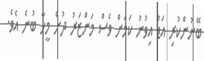
ބޭނުންކުރި އަޑު އިވުނު ކަމަށް ވެސް މަންޒަރު ދުށް މީހާ ބުނެ އެވެ.